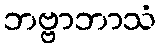
ဘဗ္ဗာဘာသံ